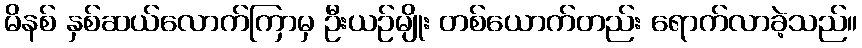
မိနစ် နှစ်ဆယ်လောက်ကြာမှ ဦးယဉ်မျိုး တစ်ယောက်တည်း ရောက်လာခဲ့သည်။